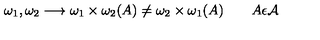
\omega _ { 1 } , \omega _ { 2 } \longrightarrow \omega _ { 1 } \times \omega _ { 2 } ( A ) \not = \omega _ { 2 } \times \omega _ { 1 } ( A ) \qquad A \epsilon { \cal A }